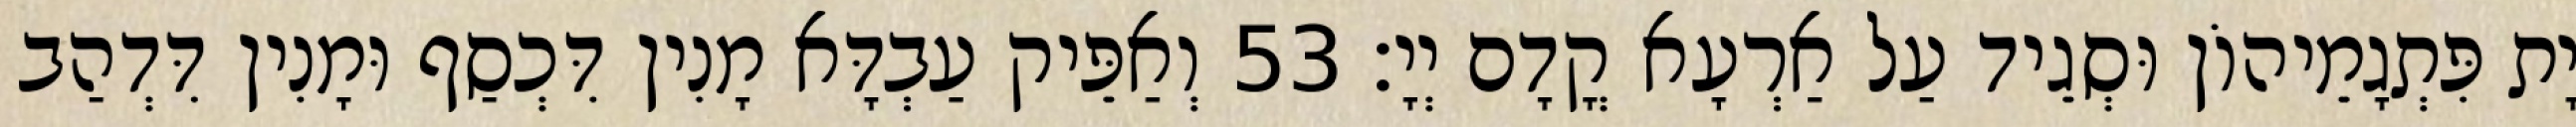
יָת פִּתְגָמֵיהוֹן וּסְגֵיד עַל אַרְעָא קֳדָם יְיָ׃ 53 וְאַפֵּיק עַבְדָּא מָנִין דִּכְסַף וּמָנִין דִּדְהַב